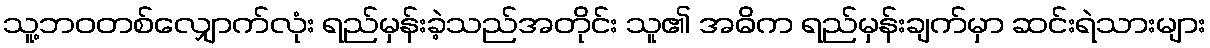
သူ့ဘဝတစ်လျှောက်လုံး ရည်မှန်းခဲ့သည်အတိုင်း သူ၏ အဓိက ရည်မှန်းချက်မှာ ဆင်းရဲသားများ